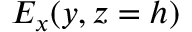
E _ { x } ( y , z = h )